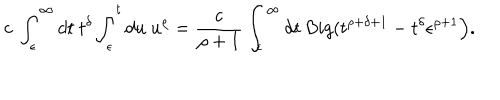
LaTeX: c \ \int _ { \epsilon } ^ { \infty } d t \ t ^ { \delta } \int _ { \epsilon } ^ { t } d u \ u ^ { \rho } = \frac { c } { \rho + 1 } \int _ { \epsilon } ^ { \infty } d t \, B i g ( t ^ { \rho + \delta + 1 } - t ^ { \delta } \epsilon ^ { \rho + 1 } \Big ) .